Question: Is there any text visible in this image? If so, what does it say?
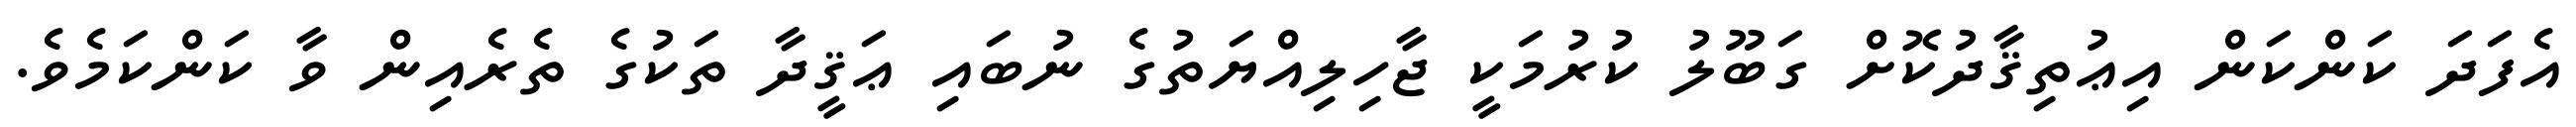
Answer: އެފަދަ ކަންކަން އިޢުތިޤާދުކޮށް ގަބޫލު ކުރުމަކީ ޖާހިލިއްޔަތުގެ ނުބައި ޢަޤީދާ ތަކުގެ ތެރެއިން ވާ ކަންކަމެވެ.